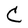
Character: C